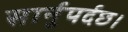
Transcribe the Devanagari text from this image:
सार्नुपर्दछ।